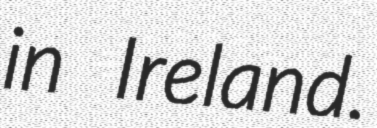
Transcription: in Ireland.